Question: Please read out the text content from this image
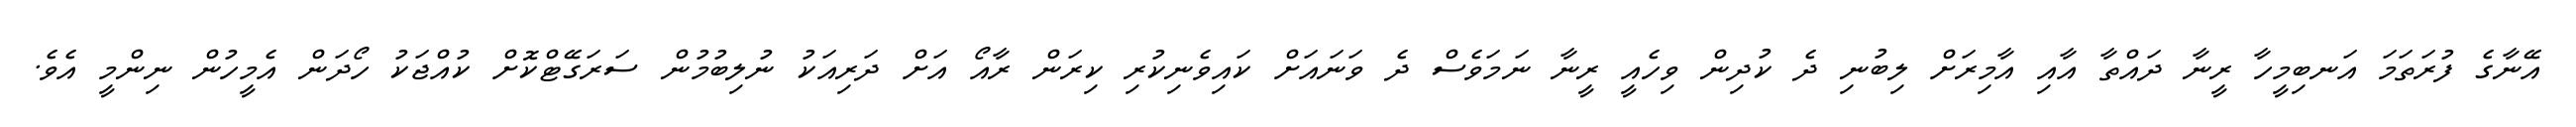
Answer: އޭނާގެ ފުރަތަމަ އަނބިމީހާ ރީނާ ދައްތާ އާއި އާމިރަށް ލިބުނި ދެ ކުދިން ވިހެއީ ރީނާ ނަމަވެސް ދެ ވަނައަށް ކައިވެނިކުރި ކިރަން ރާއޯ އަށް ދަރިއަކު ނުލިބުމުން ސަރަގޭޓްކޮށް ކުއްޖަކު ހޯދަން އެމީހުން ނިންމީ އެވެ.